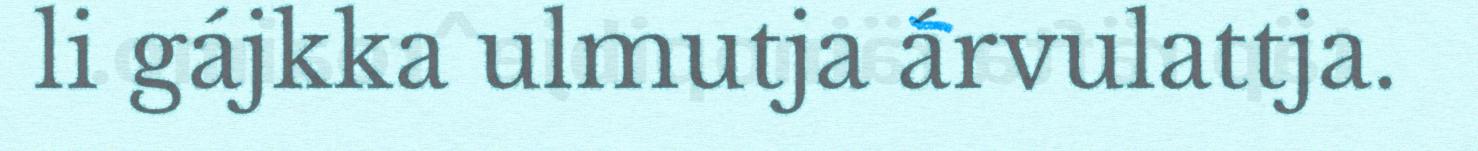
li gájkka ulmutja árvulattja.